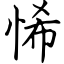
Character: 悕